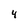
Character: 4